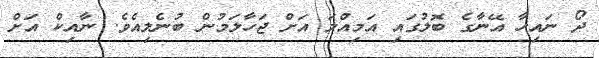
ދޯ ނައިހާ އޭނާގެ ބޮލުގައި އަމިއްލަ އަށް ޖަހާލަމުން ބުނެލިއެވެ. ނާއިކް އަށް